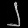
Digit: ၂